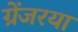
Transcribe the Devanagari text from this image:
ग्रेंजरया